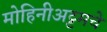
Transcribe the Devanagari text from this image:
मोहिनीअट्टमचे